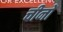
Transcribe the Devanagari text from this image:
चीनों